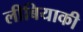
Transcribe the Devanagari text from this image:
लीबियाकी